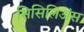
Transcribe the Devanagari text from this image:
सिसिलिअंस